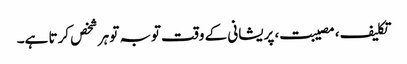
تکلیف، مصیبت، پریشانی کے وقت توبہ تو ہر شخص کرتا ہے۔